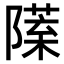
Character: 𨼙